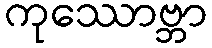
ကုဿောဗ္ဘာ